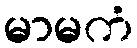
မာမကံ